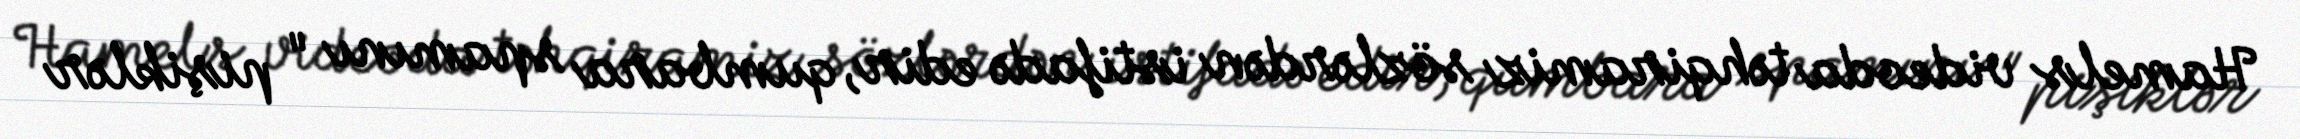
Hamels videoda təhqiramiz sözlərdən istifadə edir, qumbara spamını " pişiklər